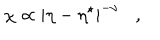
\chi \propto | \eta - \eta ^ { \star } | ^ { - \nu } \, \, \, \, \, , \, \, \, \, \,